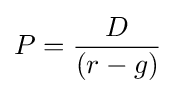
P={\frac {D}{(r-g)}}